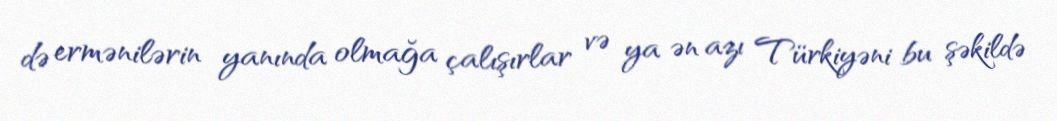
də ermənilərin yanında olmağa çalışırlar və ya ən azı Türkiyəni bu şəkildə